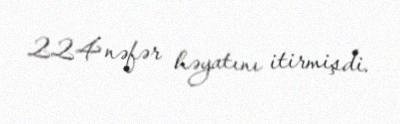
224 nəfər həyatını itirmişdi.